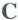
C